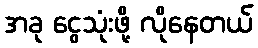
အခု ငွေသုံးဖို့ လိုနေတယ်